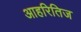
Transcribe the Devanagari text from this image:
आहरितिज